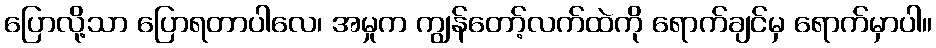
ပြောလို့သာ ပြောရတာပါလေ၊ အမှုက ကျွန်တော့်လက်ထဲကို ရောက်ချင်မှ ရောက်မှာပါ။